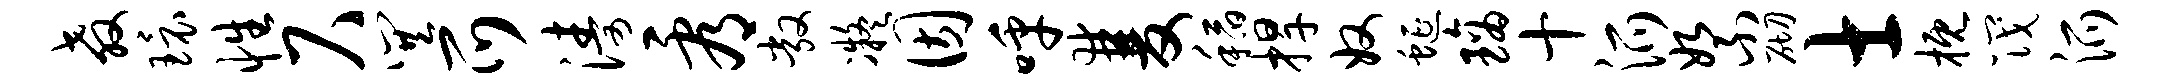
教环性尺巽爪涛看敞凝因呼双稻捍奴蜒璃十派絮砌士概筏派